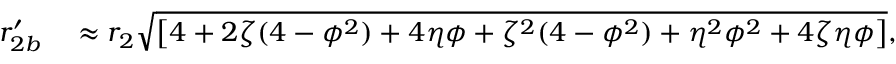
\begin{array} { r l } { r _ { 2 b } ^ { \prime } } & { { } \approx r _ { 2 } \sqrt { \left[ 4 + 2 \zeta ( 4 - \phi ^ { 2 } ) + 4 \eta \phi + \zeta ^ { 2 } ( 4 - \phi ^ { 2 } ) + \eta ^ { 2 } \phi ^ { 2 } + 4 \zeta \eta \phi \right] } , } \end{array}